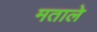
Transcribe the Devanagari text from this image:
मताले